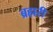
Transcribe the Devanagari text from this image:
ब्रह्मरी